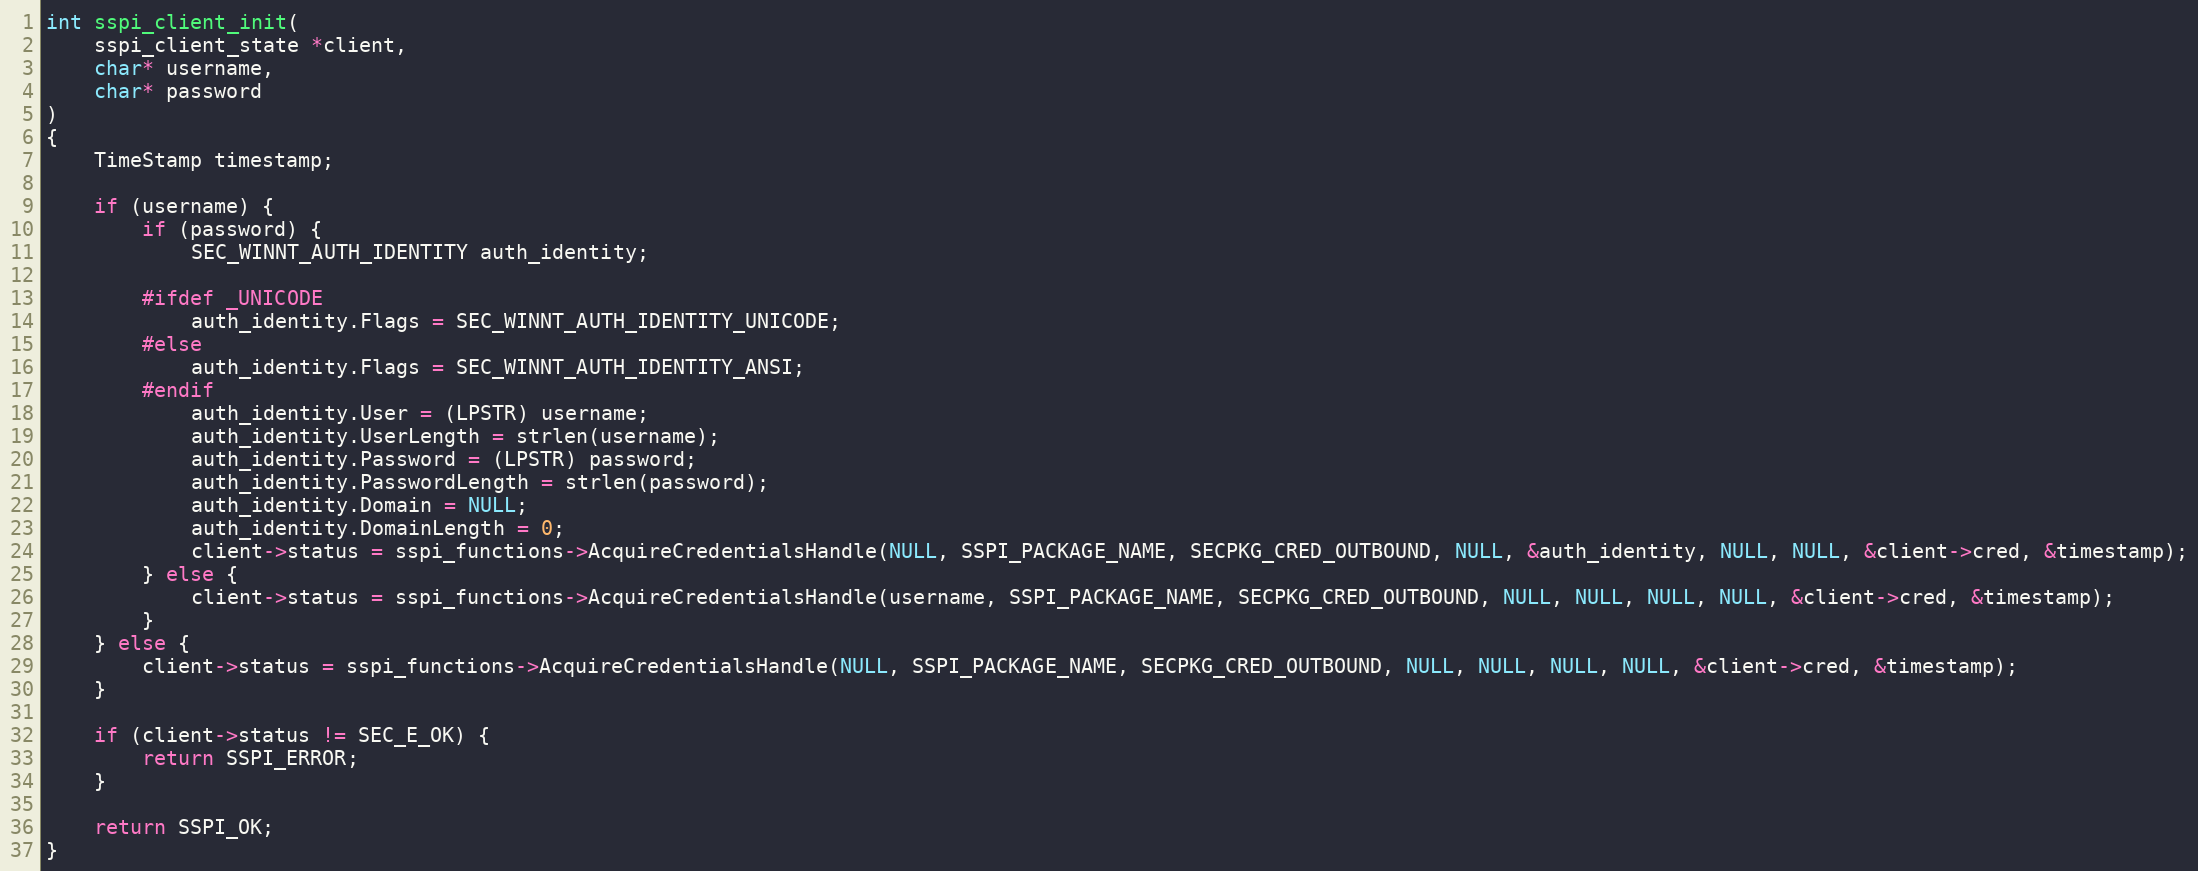
Language: C
int sspi_client_init(
    sspi_client_state *client,
    char* username,
    char* password
)
{
	TimeStamp timestamp;

    if (username) {
        if (password) {
            SEC_WINNT_AUTH_IDENTITY auth_identity;

        #ifdef _UNICODE
            auth_identity.Flags = SEC_WINNT_AUTH_IDENTITY_UNICODE;
        #else
            auth_identity.Flags = SEC_WINNT_AUTH_IDENTITY_ANSI;
        #endif
            auth_identity.User = (LPSTR) username;
            auth_identity.UserLength = strlen(username);
            auth_identity.Password = (LPSTR) password;
            auth_identity.PasswordLength = strlen(password);
            auth_identity.Domain = NULL;
            auth_identity.DomainLength = 0;
            client->status = sspi_functions->AcquireCredentialsHandle(NULL, SSPI_PACKAGE_NAME, SECPKG_CRED_OUTBOUND, NULL, &auth_identity, NULL, NULL, &client->cred, &timestamp);
        } else {
            client->status = sspi_functions->AcquireCredentialsHandle(username, SSPI_PACKAGE_NAME, SECPKG_CRED_OUTBOUND, NULL, NULL, NULL, NULL, &client->cred, &timestamp);
        }
    } else {
        client->status = sspi_functions->AcquireCredentialsHandle(NULL, SSPI_PACKAGE_NAME, SECPKG_CRED_OUTBOUND, NULL, NULL, NULL, NULL, &client->cred, &timestamp);
    }

    if (client->status != SEC_E_OK) {
        return SSPI_ERROR;
    }

    return SSPI_OK;
}